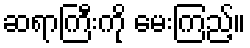
ဆရာကြီးကို မေးကြည့်။